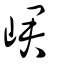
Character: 峮